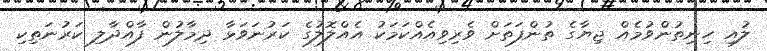
ލުއި ހިނިތުންވުމެއް ޖިޔާގެ ތުންފަތަށް ވެރިވިއެއްކަމަކު އެއްލޮލުގެ ކަރުނަވަޅާ ދިމާލުން ފާއްދާލި ކަރުނަތިކި